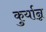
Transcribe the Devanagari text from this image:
कुर्यान्न